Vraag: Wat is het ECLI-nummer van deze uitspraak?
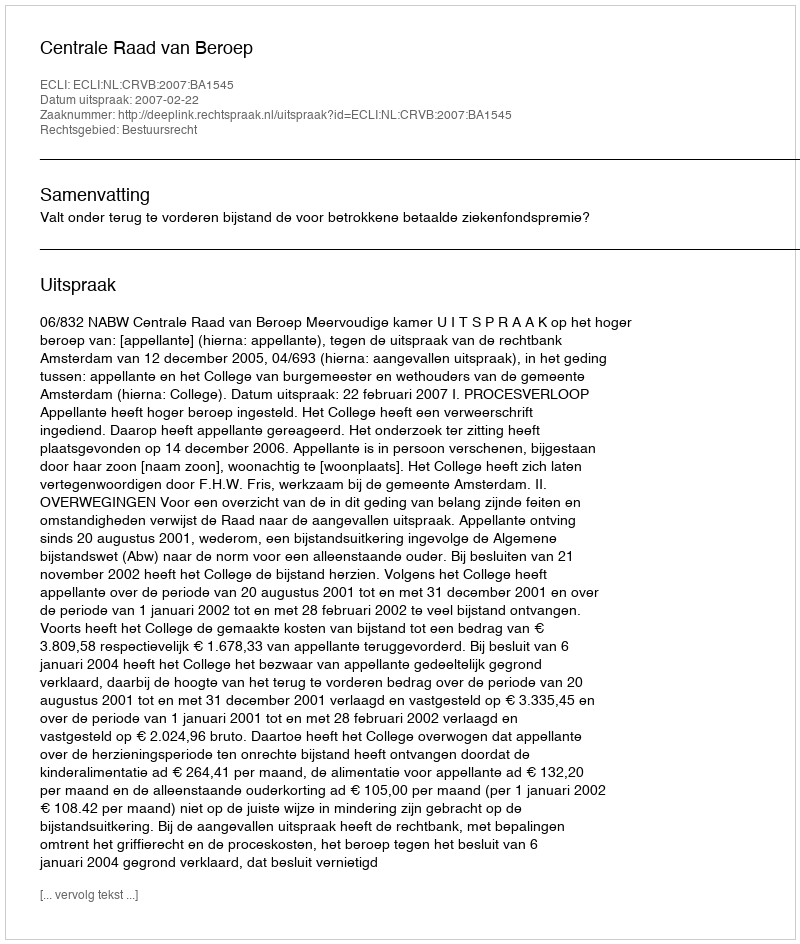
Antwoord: ECLI:NL:CRVB:2007:BA1545